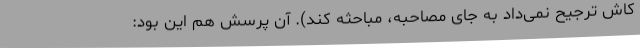
کاش ترجیح نمی‌داد به جای مصاحبه، مباحثه کند). آن پرسش هم این بود: